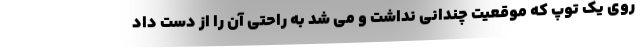
روی یک توپ که موقعیت چندانی نداشت و می‌ شد به راحتی آن را از دست داد